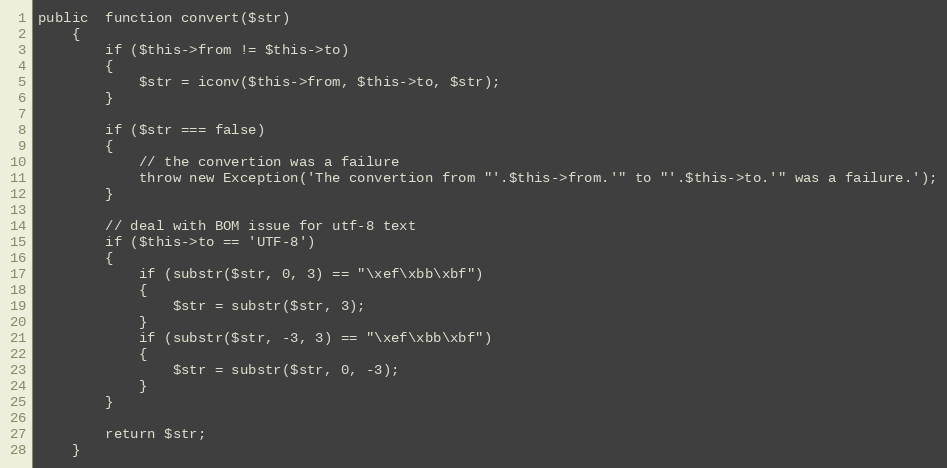
Language: PHP
public  function convert($str)
	{
		if ($this->from != $this->to)
		{
			$str = iconv($this->from, $this->to, $str);
		}

		if ($str === false)
		{
			// the convertion was a failure
			throw new Exception('The convertion from "'.$this->from.'" to "'.$this->to.'" was a failure.');
		}

		// deal with BOM issue for utf-8 text
		if ($this->to == 'UTF-8')
		{
			if (substr($str, 0, 3) == "\xef\xbb\xbf")
			{
				$str = substr($str, 3);
			}
			if (substr($str, -3, 3) == "\xef\xbb\xbf")
			{
				$str = substr($str, 0, -3);
			}
		}

		return $str;
	}